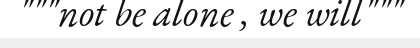
"""not be alone , we will"""